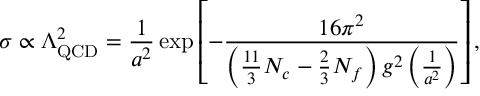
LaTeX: \sigma \propto \Lambda _ { \mathrm { Q C D } } ^ { 2 } = \frac { 1 } { a ^ { 2 } } \exp \left[ - \frac { 1 6 \pi ^ { 2 } } { \left( \frac { 1 1 } { 3 } N _ { c } - \frac 2 3 N _ { f } \right) g ^ { 2 } \left( \frac { 1 } { a ^ { 2 } } \right) } \right] ,